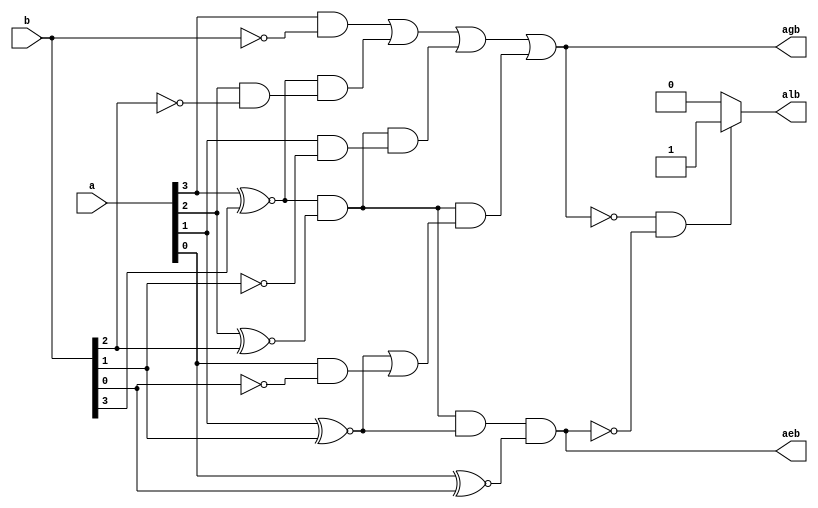
module comp_4bit_2 (
    input [3:0]a,b ,
    output agb,aeb,alb

);

assign aeb= (  (a[3] ~^ b[3]) && (a[2] ~^ b[2]) && (a[1] ~^ b[1]) && (a[0] ~^ b[0])  )     ;                         //try using tasks and functions   //check eqns of a>b;          
assign agb= (  (a[3] & (!b)) || ( (a[3] ~^ b[3]) && (a[2] & (!b[2]))  ) || ( (a[3] ~^ b[3]) && (a[2] ~^ b[2]) && (a[1] & (!b[1])) ) || ( (a[3] ~^ b[3]) && (a[2] ~^ b[2]) && (a[1] ~^ (b[1])) | (a[0] & ~b[0])) );
assign alb=(!agb && !aeb)?1:0;
    
endmodule

module  comp_4bit_2_tb;
wire AGB,AEB,ALB;
reg [3:0]A,B;
integer i;
comp_4bit_2 dut(.a(A), .b(B), .agb(AGB), .aeb(AEB), .alb(ALB));

initial
begin
      $monitor("[%t], A=%D, B=%d, A>B=%D, A==B=%D, A<B=%D",$time,A,B,AGB,AEB,ALB);
     for(i=0;i<8;i=i+1)
     begin
        #10 A=$random; B=$random;

     end
end
    
endmodule